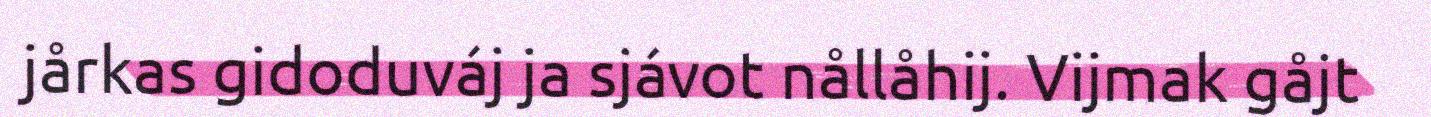
jårkas gidoduváj ja sjávot nållåhij. Vijmak gåjt